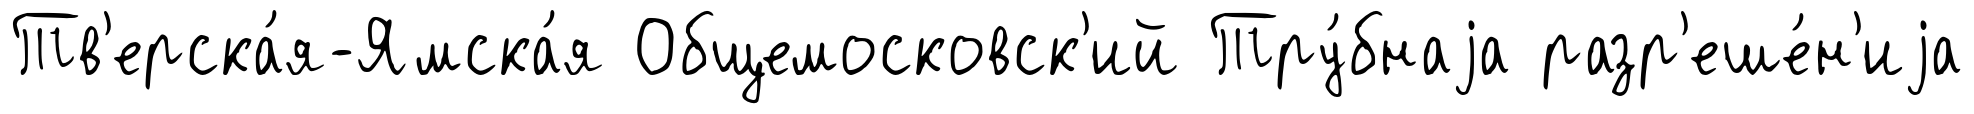
Тв'ерска́я-Ямска́я Общемосковск'ий Тру́бнаjа разр'еше́н'иjа